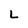
Character: L